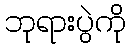
ဘုရားပွဲကို